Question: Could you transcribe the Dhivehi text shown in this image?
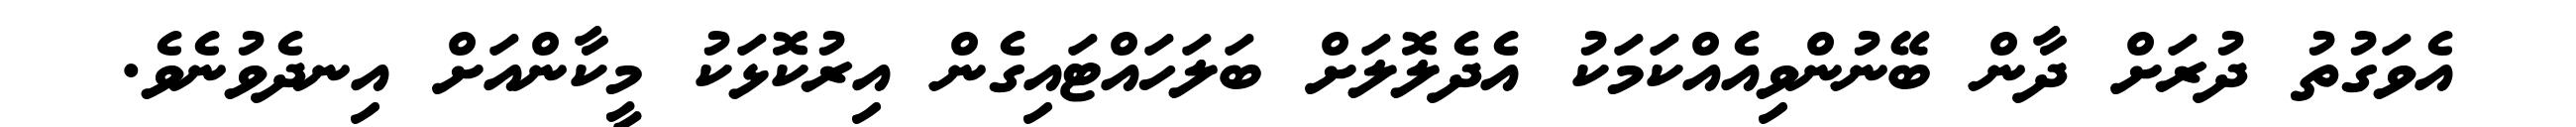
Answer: އެވަގުތު ދުރަށް ދާން ބޭނުންވިއެއްކަމަކު އެދެލޮލަށް ބަލަހައްޓައިގެން އިރުކޮޅަކު މީކާންއަށް އިނދެވުނެވެ.